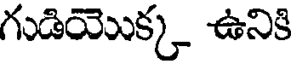
గుడియొక్క ఉనికి